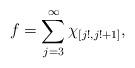
LaTeX: \begin{align*}f=\sum_{j=3}^\infty\chi_{[j!,j!+1]},\end{align*}